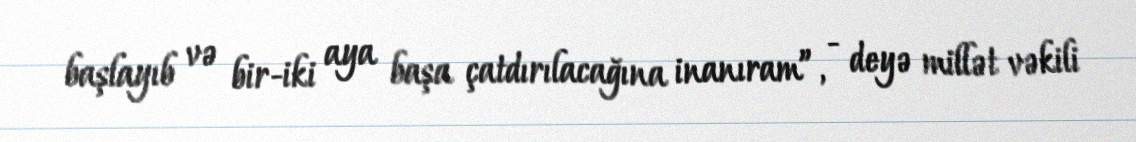
başlayıb və bir-iki aya başa çatdırılacağına inanıram”, - deyə millət vəkili